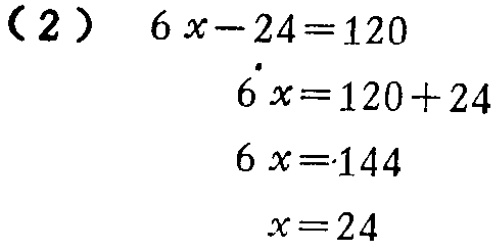
（2）

\[

\begin{align*}

6x - 24&=120\\

6x&=120 + 24\\

6x&=144\\

x&=24

\end{align*}

\]